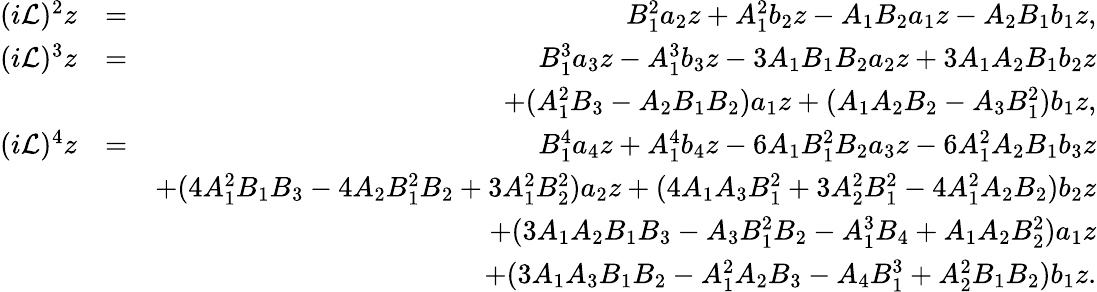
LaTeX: \begin{array}{rlr}{(i\mathcal{L})^{2}z}&{=}&{B_{1}^{2}a_{2}z+A_{1}^{2}b_{2}z-A_{1}B_{2}a_{1}z-A_{2}B_{1}b_{1}z,}\\ {(i\mathcal{L})^{3}z}&{=}&{B_{1}^{3}a_{3}z-A_{1}^{3}b_{3}z-3A_{1}B_{1}B_{2}a_{2}z+3A_{1}A_{2}B_{1}b_{2}z}\\ &{}&{+(A_{1}^{2}B_{3}-A_{2}B_{1}B_{2})a_{1}z+(A_{1}A_{2}B_{2}-A_{3}B_{1}^{2})b_{1}z,}\\ {(i\mathcal{L})^{4}z}&{=}&{B_{1}^{4}a_{4}z+A_{1}^{4}b_{4}z-6A_{1}B_{1}^{2}B_{2}a_{3}z-6A_{1}^{2}A_{2}B_{1}b_{3}z}\\ &{}&{+(4A_{1}^{2}B_{1}B_{3}-4A_{2}B_{1}^{2}B_{2}+3A_{1}^{2}B_{2}^{2})a_{2}z+(4A_{1}A_{3}B_{1}^{2}+3A_{2}^{2}B_{1}^{2}-4A_{1}^{2}A_{2}B_{2})b_{2}z}\\ &{}&{+(3A_{1}A_{2}B_{1}B_{3}-A_{3}B_{1}^{2}B_{2}-A_{1}^{3}B_{4}+A_{1}A_{2}B_{2}^{2})a_{1}z}\\ &{}&{+(3A_{1}A_{3}B_{1}B_{2}-A_{1}^{2}A_{2}B_{3}-A_{4}B_{1}^{3}+A_{2}^{2}B_{1}B_{2})b_{1}z.}\end{array}